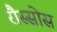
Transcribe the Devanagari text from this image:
रौस्सोस